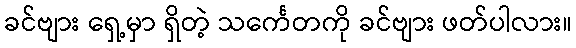
ခင်ဗျား ရှေ့မှာ ရှိတဲ့ သင်္ကေတကို ခင်ဗျား ဖတ်ပါလား။